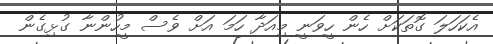
އެކަހަލަ ގޮތަކަށް ހެން ހީވަނީ މިއަދާ ހަމަ އަށް ވެސް މީހުންނާ ގުޅިގެން